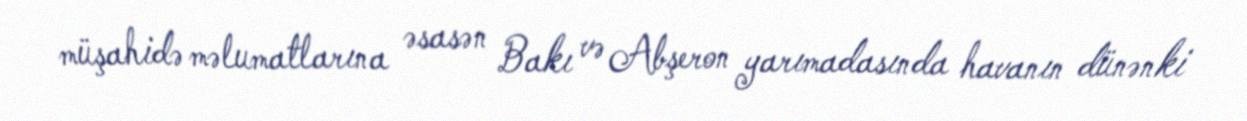
müşahidə məlumatlarına əsasən Bakı və Abşeron yarımadasında havanın dünənki